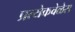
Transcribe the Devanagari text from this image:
प्रत्येकवेळेस